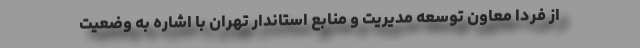
از فردا معاون توسعه مدیریت و منابع استاندار تهران با اشاره به وضعیت